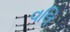
વલિ